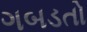
ગબડતો